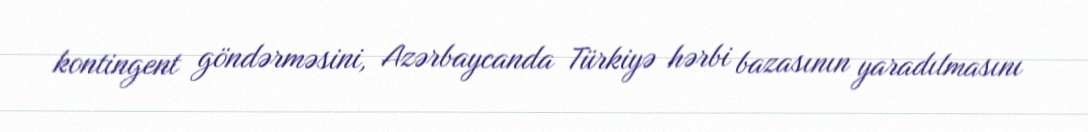
kontingent göndərməsini, Azərbaycanda Türkiyə hərbi bazasının yaradılmasını